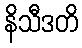
နိသီဒတိ